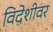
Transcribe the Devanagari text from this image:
विदेशीवर